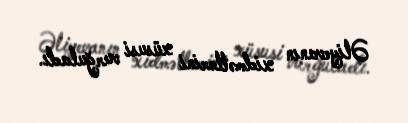
Əliyevanın xidmətlərini xüsusi vurğuladı.